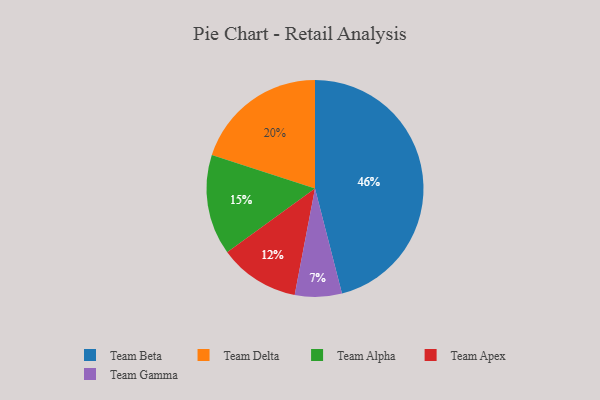
{"axis": {"x": "Category", "y": "Percentage"}, "legend": ["Team Alpha", "Team Apex", "Team Beta", "Team Delta", "Team Gamma"], "data": [{"x": "Team Delta", "y": 20, "type": "Team Delta"}, {"x": "Team Gamma", "y": 7, "type": "Team Gamma"}, {"x": "Team Alpha", "y": 15, "type": "Team Alpha"}, {"x": "Team Apex", "y": 12, "type": "Team Apex"}, {"x": "Team Beta", "y": 46, "type": "Team Beta"}]}